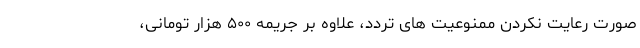
صورت رعایت نکردن ممنوعیت های تردد، علاوه بر جریمه ۵۰۰ هزار تومانی،